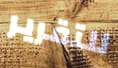
للتقرير